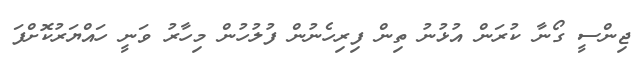
ޖިންސީ ގޯނާ ކުރަން އުޅުނު ތިން ފިރިހެނުން ފުލުހުން މިހާރު ވަނީ ހައްޔަރުކޮށްފަ